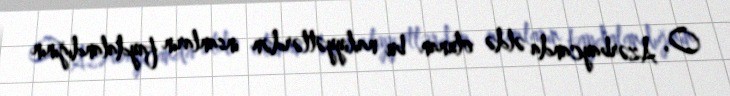
O, Azərbaycanda əldə olunan bu nailiyyətlərdən insanların faydalandığının